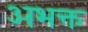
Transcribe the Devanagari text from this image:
अभक्त